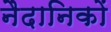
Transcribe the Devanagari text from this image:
नैदानिकों